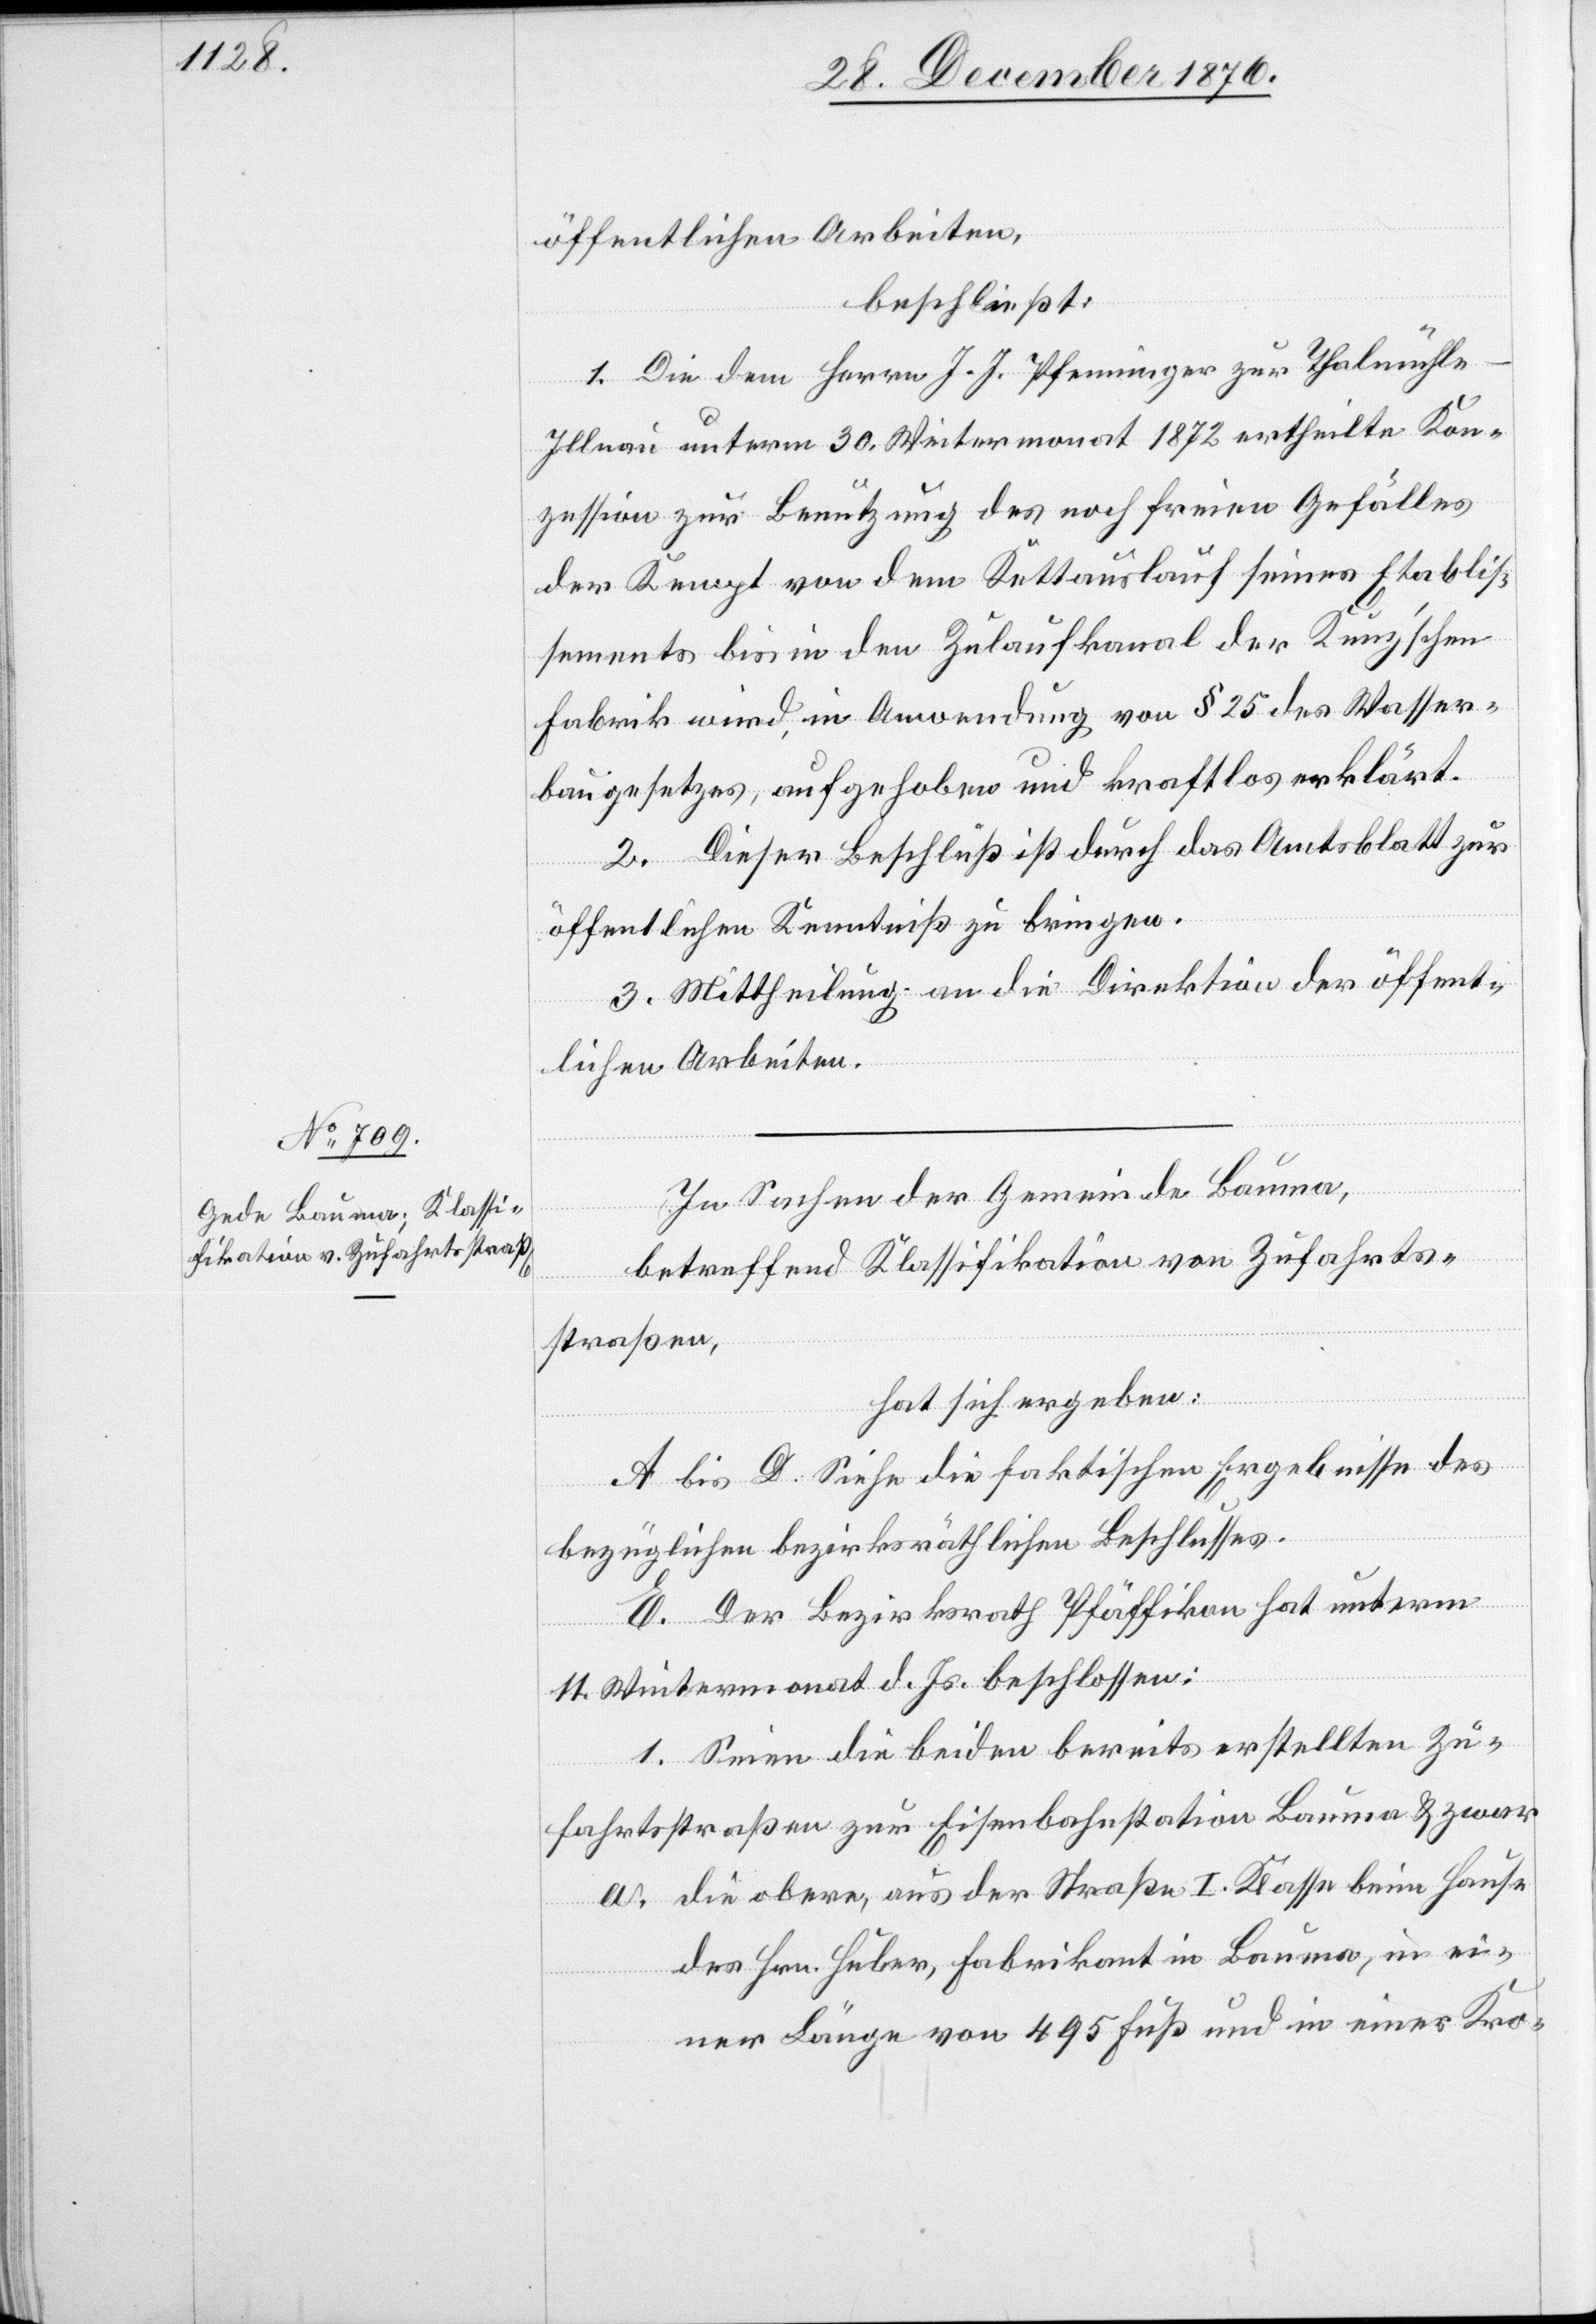
öffentlichen Arbeiten,
beschließt:
1. Die dem Herrn J. J. Pfenninger zur Thalmühle
Illnau unterm 30. Wintermonat 1872 ertheilte Kon¬
zession zur Benützung des noch freien Gefälles
der Kempt von dem Kettauslauf seines Etablis¬
sements bis in den Zulaufkanal der Kunz’schen
Fabrik wird, in Anwendung von § 25 des Wasser¬
baugesetzes, aufgehoben und kraftlos erklärt.
2. Dieser Beschluß ist durch das Amtsblatt zur
öffentlichen Kenntniß zu bringen.
3. Mittheilung an die Direktion der öffent¬
lichen Arbeiten.
In Sachen der Gemeinde Bauma,
betreffend Klassifikation von Zufahrts¬
straßen,
hat sich ergeben:
A bis D. Siehe die faktischen Ergebnisse des
bezüglichen bezirksräthlichen Beschlusses.
E. Der Bezirksrath Pfäffikon hat unterm
11. Wintermonat d. Js. beschlossen:
1. Seien die beiden bereits erstellten Zu¬
fahrtsstraßen zur Eisenbahnstation Bauma & zwar
a. die obere, aus der Straße I. Klasse beim Hause
des Hrn. Huber, Fabrikant in Bauma, in ei¬
ner Länge von 495 Fuß und in einer Kro-